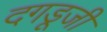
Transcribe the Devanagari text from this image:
दगडूजी